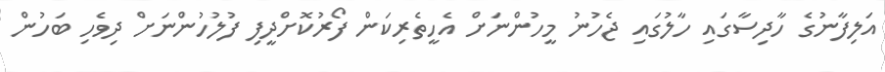
އަލިފާނުގެ ހާދިސާގައި ހާލުގައި ޖެހުނު މީހުންނަށް އެހީތެރިކަން ފޯރުކޮށްދީފި ފުލުހުންނަށް ދިވެހި ބަހުން